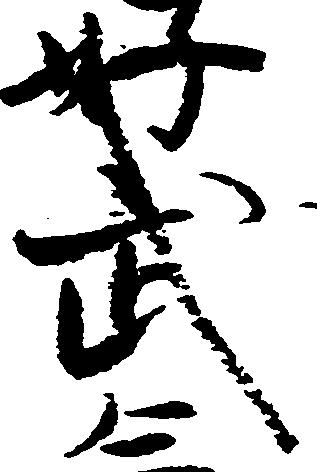
武